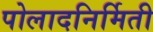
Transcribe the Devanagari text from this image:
पोलादनिर्मिती